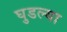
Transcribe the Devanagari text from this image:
घुडल्या